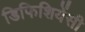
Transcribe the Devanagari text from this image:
डिफिशियेंसी